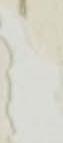
か